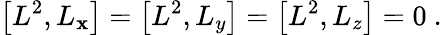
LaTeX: \left[L^{2},L_{\mathbf{x}}\right]=\left[L^{2},L_{y}\right]=\left[L^{2},L_{z}\right]=0~.